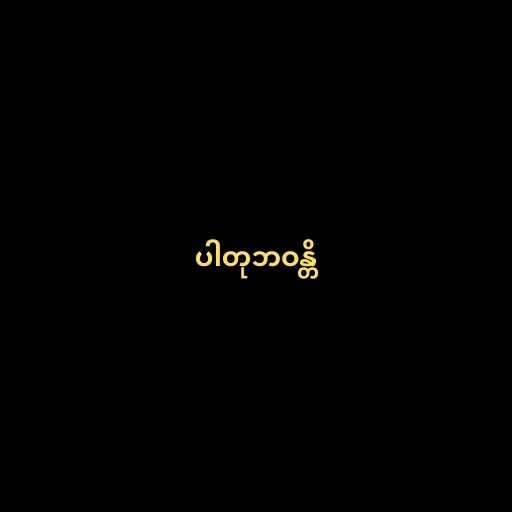
ပါတုဘဝန္တိ